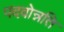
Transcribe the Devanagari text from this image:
पदवोन्नति